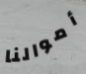
أموالنا